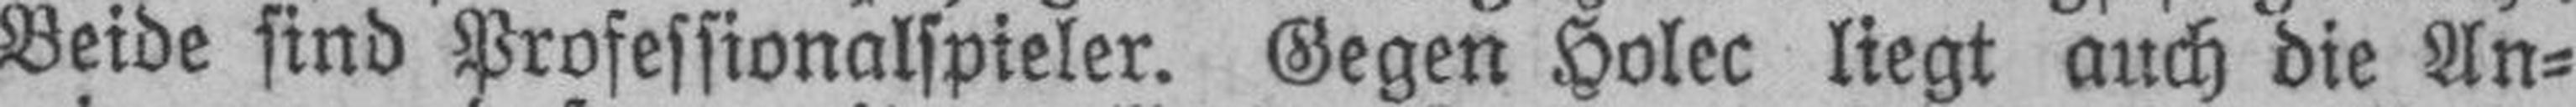
Beide sind Professionalspieler. Gegen Holec liegt auch die An¬